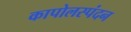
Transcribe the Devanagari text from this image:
कापोलस्पंदन